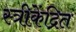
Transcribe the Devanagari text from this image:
स्त्रीकेंद्रित